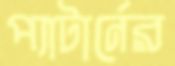
প্যাটার্নের